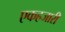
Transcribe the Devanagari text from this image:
एकहजारी